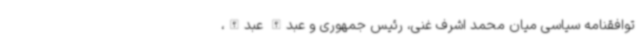
توافقنامه سیاسی میان محمد اشرف غنی، رئیس جمهوری و عبدالله عبدالله،